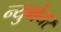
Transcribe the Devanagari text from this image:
न्युमेयर